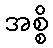
အစ္စိ